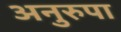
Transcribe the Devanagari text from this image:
अनुरुपा